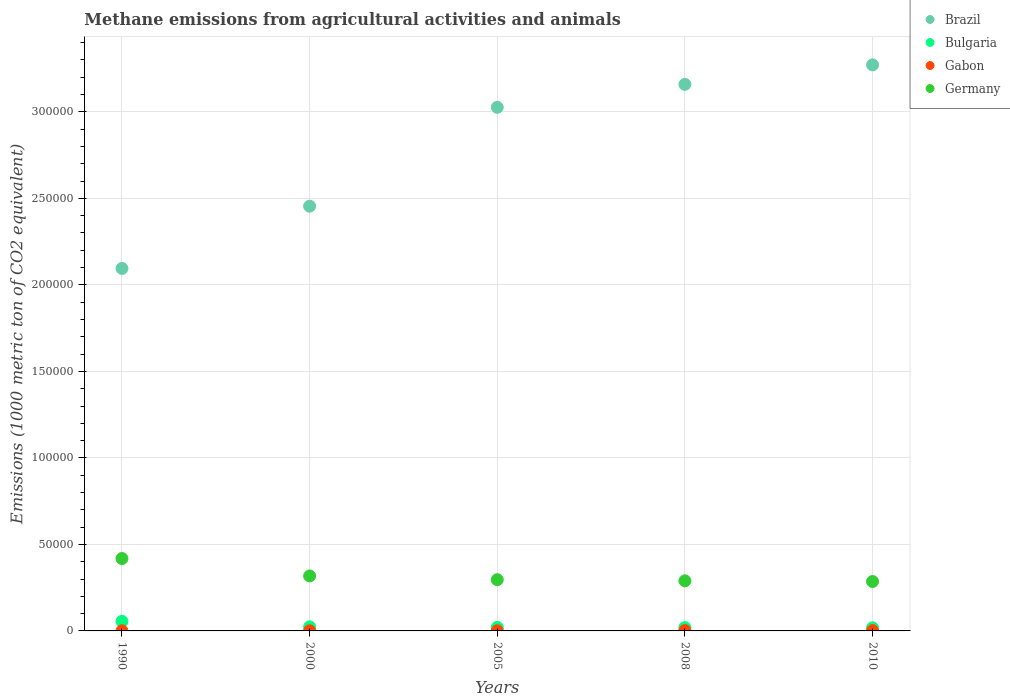
| Years | Brazil | Bulgaria | Gabon | Germany |
 | --- | --- | --- | --- | --- |
 | 1990 | 2.1e+05 | 5.5e+03 | 71.6 | 4.18e+04 |
 | 2000 | 2.45e+05 | 2.36e+03 | 71.1 | 3.18e+04 |
 | 2005 | 3.03e+05 | 2.06e+03 | 96.3 | 2.96e+04 |
 | 2008 | 3.16e+05 | 1.94e+03 | 207 | 2.9e+04 |
 | 2010 | 3.27e+05 | 1.77e+03 | 174 | 2.86e+04 |